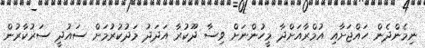
ނިމެންދެން ހައްޖަށާއި އުމްރާއަށްދާ މީހުންނަށް ވިސާ ދޫކުރާ އަދަދު މަދުކުރުމަށް ސައުދީ ސަރުކާރުން